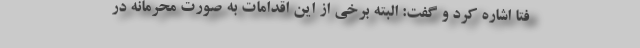
فتا اشاره کرد و گفت: البته برخی از این اقدامات به صورت محرمانه در